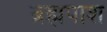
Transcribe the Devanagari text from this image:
ब्रह्मपाश